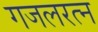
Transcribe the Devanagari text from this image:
गजलरत्‍न